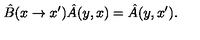
\hat { B } ( x \rightarrow x ^ { \prime } ) \hat { A } ( y , x ) = \hat { A } ( y , x ^ { \prime } ) .